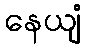
နေယျံ